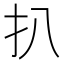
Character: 扒